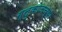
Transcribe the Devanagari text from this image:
ग्लुकोजच्या